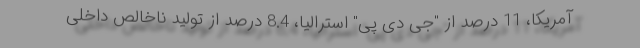
آمریکا، 11 درصد از "جی دی پی" استرالیا، 8.4 درصد از تولید ناخالص داخلی